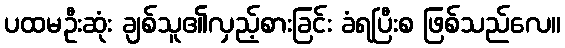
ပထမဦးဆုံး ချစ်သူ၏လှည့်စားခြင်း ခံရပြီးစ ဖြစ်သည်လေ။